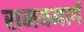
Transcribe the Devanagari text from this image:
समयमार्ग